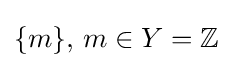
\{m\},\,m\in Y=\mathbb {Z}